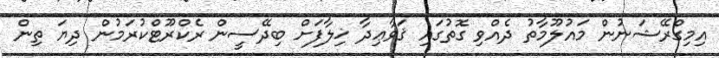
އިމިގްރޭޝަނުން މައުލޫމާތު ދެއްވި ގޮތުގައި ޤަވާޢިދާ ޚިލާފަށް ބިދޭސީން ރެކްރޫޓްކުރަމުން ދިޔަ ތިން